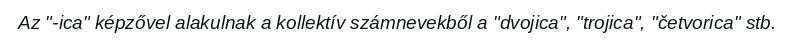
Az "-ica" képzővel alakulnak a kollektív számnevekből a "dvojica", "trojica", "četvorica" stb.